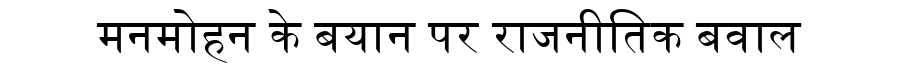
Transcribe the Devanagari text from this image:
मनमोहन के बयान पर राजनीतिक बवाल